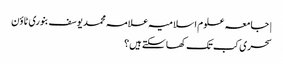
| جامعہ علوم اسلامیہ علامہ محمد یوسف بنوری ٹاؤن
سحری کب تک کھا سکتے ہیں؟